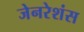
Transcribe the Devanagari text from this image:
जेनरेशंस